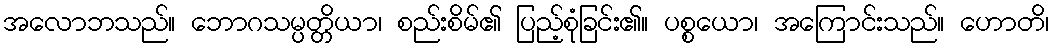
အလောဘသည်။ ဘောဂသမ္ပတ္တိယာ၊ စည်းစိမ်၏ ပြည့်စုံခြင်း၏။ ပစ္စယော၊ အကြောင်းသည်။ ဟောတိ၊